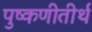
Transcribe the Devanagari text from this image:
पुष्कणीतीर्थ